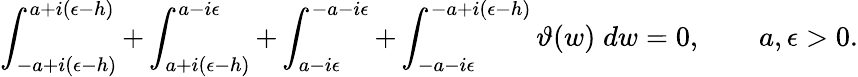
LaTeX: \int_{-a+i(\epsilon-h)}^{a+i(\epsilon-h)}+\int_{a+i(\epsilon-h)}^{a-i\epsilon}+\int_{a-i\epsilon}^{-a-i\epsilon}+\int_{-a-i\epsilon}^{-a+i(\epsilon-h)}\vartheta(w)\; dw=0,\qquad a,\epsilon>0.